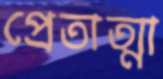
প্রেতাত্মা